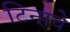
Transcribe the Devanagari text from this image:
टिनाचे